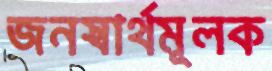
জনস্বার্থমূলক